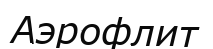
Аэрофлит